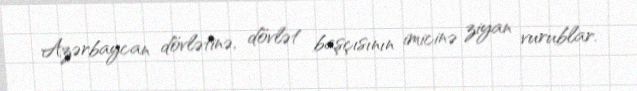
Azərbaycan dövlətinə, dövlət başçısının imicinə ziyan vurublar.